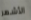
الأشهر